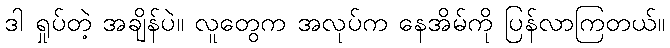
ဒါ ရှုပ်တဲ့ အချိန်ပဲ။ လူတွေက အလုပ်က နေအိမ်ကို ပြန်လာကြတယ်။